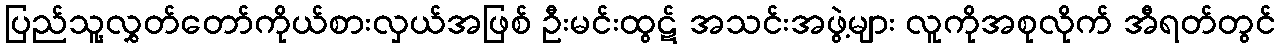
ပြည်သူ့လွှတ်တော်ကိုယ်စားလှယ်အဖြစ် ဦးမင်းထွဋ် အသင်းအဖွဲ့များ လူကိုအစုလိုက် အီရတ်တွင်